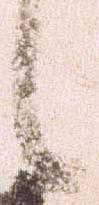
候